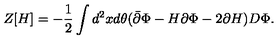
Z [ H ] = - \frac { 1 } { 2 } \int d ^ { 2 } x d \theta ( \bar { \partial } \Phi - H \partial \Phi - 2 \partial H ) D \Phi .